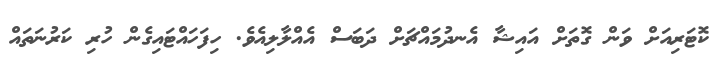
ކޮޓަރިއަށް ވަން ގޮތަށް އައިޝާ އެނދުމައްޗަށް ދަބަސް އެއްލާލިއެވެ. ހިފަހައްޓައިގެން ހުރި ކަރުނަތައް